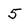
Character: 5